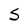
Character: S